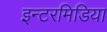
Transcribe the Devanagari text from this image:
इन्टरमिडिया